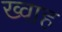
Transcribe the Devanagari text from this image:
ख्वाह